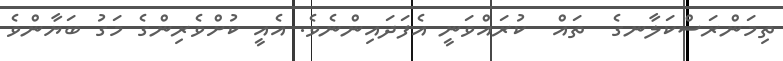
ތިމަންރަސްކަލާނގެ  ތައް  ކުރައްވަނީ އެފަދައިންނެވެ. އެއީ ކުށްވެރިންގެ މަގު ބަޔާންވެ